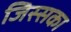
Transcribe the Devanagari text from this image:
जिस्सका